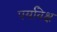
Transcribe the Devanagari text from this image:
पर्यावेक्ष